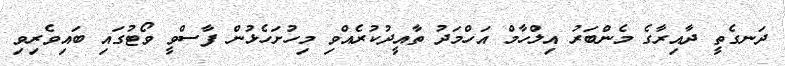
ދަނގެތީ ދާއިރާގެ މެންބަރު އިލްހާމް އަހްމަދު ތާއީދުކުރެއްވި މިހުށަހެޅުން ފާސްވީ ވޯޓުގައި ބައިވެރިވި